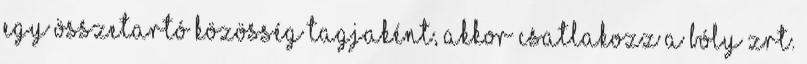
egy összetartó közösség tagjaként, akkor csatlakozz a Bóly Zrt.